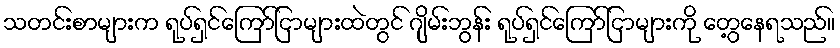
သတင်းစာများက ရုပ်ရှင်ကြော်ငြာများထဲတွင် ဂျိမ်းဘွန်း ရုပ်ရှင်ကြော်ငြာများကို တွေ့နေရသည်။